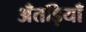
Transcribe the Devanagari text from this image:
अँतड़ियाँ